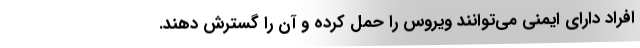
افراد دارای ایمنی می‌توانند ویروس را حمل کرده و آن را گسترش دهند.